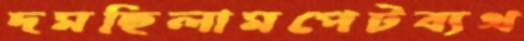
দমছিলামপেটব্যথ